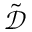
\tilde { \mathcal D }